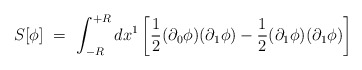
\begin{align*}S[\phi ]\,\,=\,\,\int_{-R}^{+R} dx^{1} \left[ \frac{1}{2} (\partial_{0} \phi)(\partial_{1} \phi) -\frac{1}{2} (\partial_{1} \phi) (\partial_{1} \phi) \right] \end{align*}